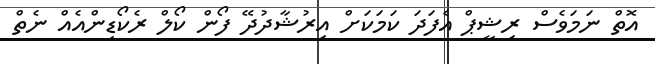
އޮތް ނަމަވެސް ރިޝީޕް އެފަދަ ކަމަކަށް އިރުޝާދުދޭ ފޯން ކޯލް ރެކޯޑިންއެއް ނެތް